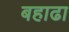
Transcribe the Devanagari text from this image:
बहाढा